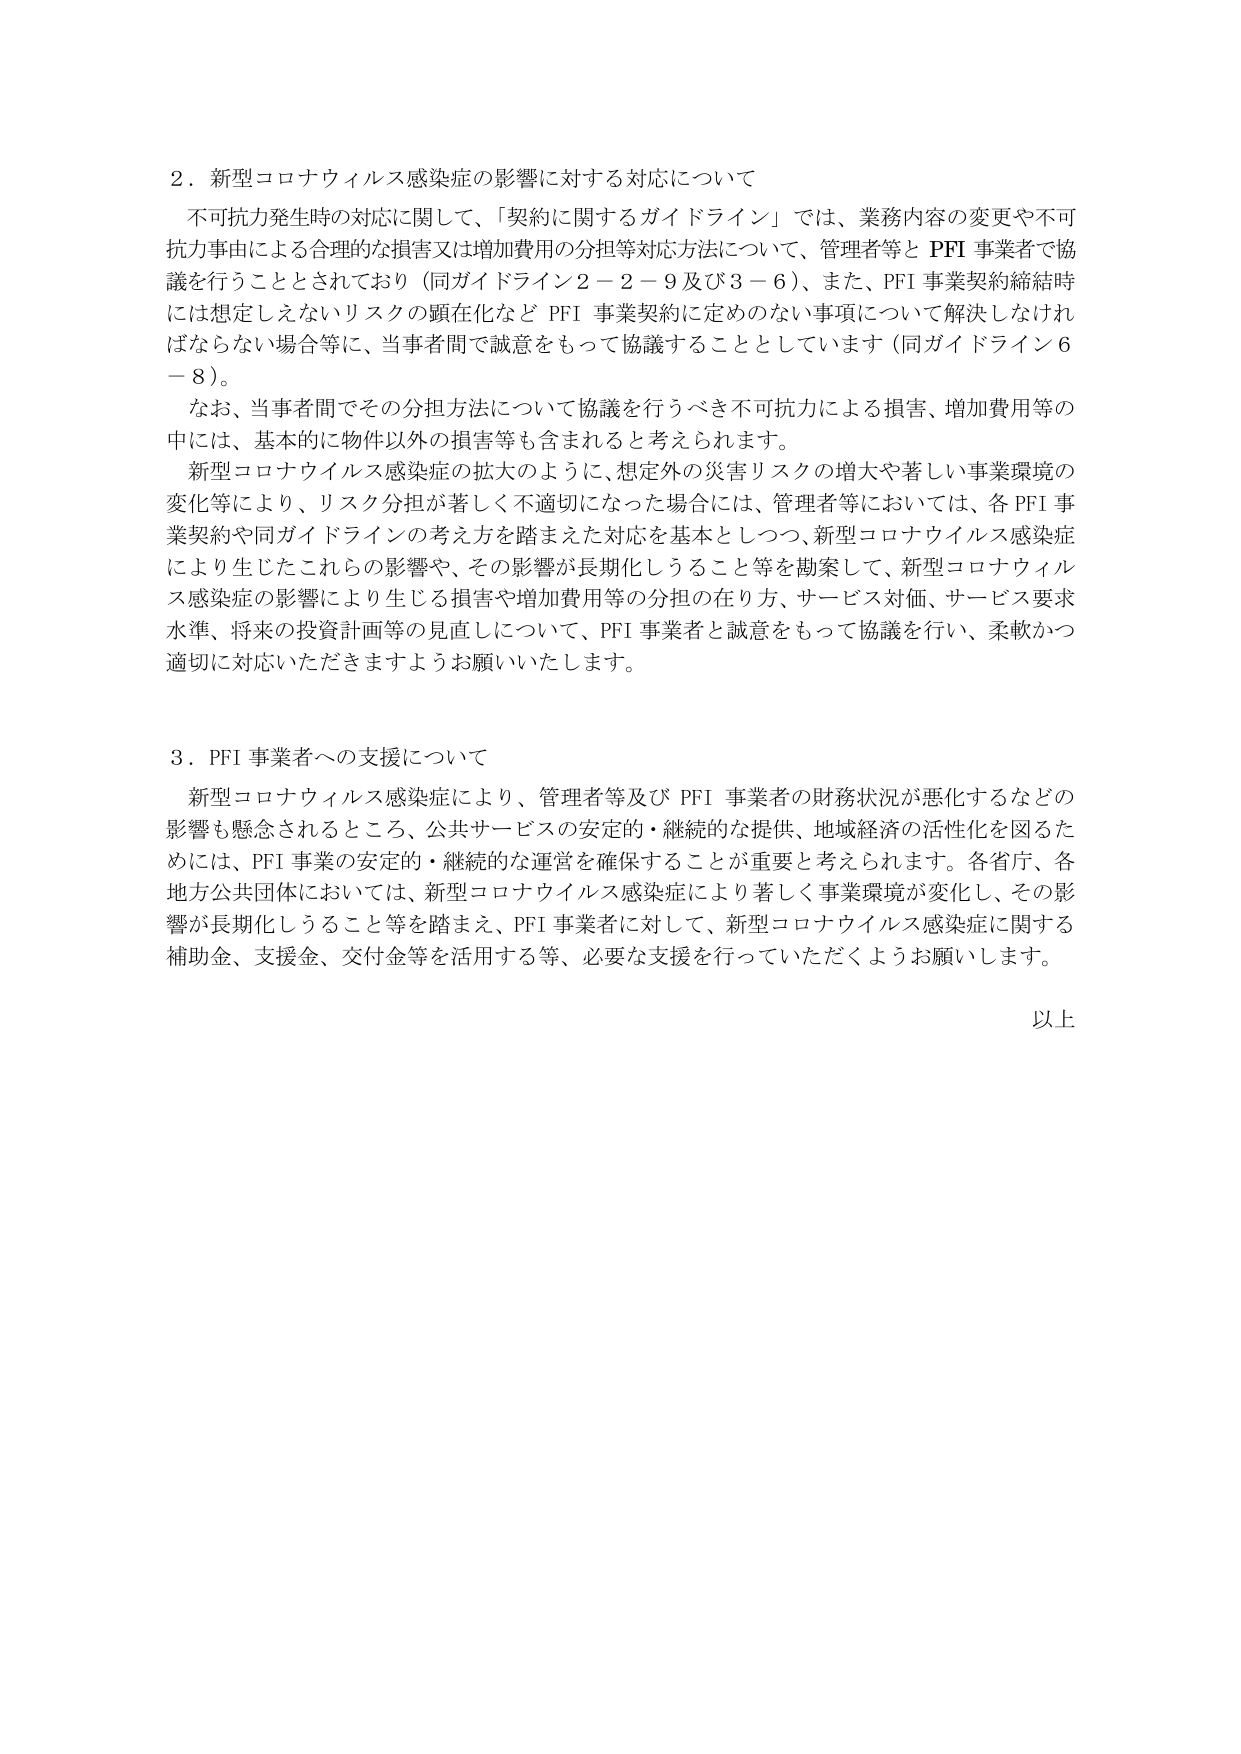
2．新型コロナウイルス感染症の影響に対する対応について
不可抗力発生時の対応に関して、「契約に関するガイドライン」では、業務内容の変更や不可抗力事由による合理的な損害又は増加費用の分担等対応方法について、管理者等とPFI事業者で協議を行うこととされており（同ガイドライン2－2－9及び3－6）、また、PFI事業契約締結時には想定しえないリスクの顕在化などPFI事業契約に定めのない事項について解決しなければならない場合等に、当事者間で誠意をもって協議することとしています（同ガイドライン6－8）。
なお、当事者間でその分担方法について協議を行うべき不可抗力による損害、増加費用等の中には、基本的に物件以外の損害等も含まれると考えられます。
新型コロナウイルス感染症の拡大のように、想定外の災害リスクの増大や著しい事業環境の変化等により、リスク分担が著しく不適切になった場合には、管理者等においては、各PFI事業契約や同ガイドラインの考え方を踏まえた対応を基本としつつ、新型コロナウイルス感染症により生じたこれらの影響や、その影響が長期化しうること等を勘案して、新型コロナウイルス感染症の影響により生じる損害や増加費用等の分担の在り方、サービス対価、サービス要求水準、将来の投資計画等の見直しについて、PFI事業者と誠意をもって協議を行い、柔軟かつ適切に対応いただきますようお願いいたします。

3．PFI事業者への支援について
新型コロナウイルス感染症により、管理者等及びPFI事業者の財務状況が悪化するなどの影響も懸念されるところ、公共サービスの安定的・継続的な提供、地域経済の活性化を図るためには、PFI事業の安定的・継続的な運営を確保することが重要と考えられます。各省庁、各地方公共団体においては、新型コロナウイルス感染症により著しく事業環境が変化し、その影響が長期化しうること等を踏まえ、PFI事業者に対して、新型コロナウイルス感染症に関する補助金、支援金、交付金等を活用する等、必要な支援を行っていただくようお願いします。

以上